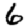
Digit: 6